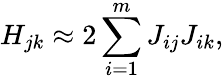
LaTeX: H_{jk}\approx 2\sum_{i=1}^{m}J_{ij}J_{ik},